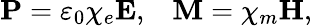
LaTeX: \mathbf{P}=\varepsilon_{0}\chi_{e}\mathbf{E},\; \; \; \mathbf{M}=\chi_{m}\mathbf{H},